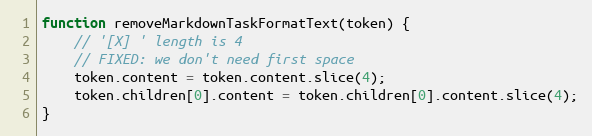
Language: JavaScript
function removeMarkdownTaskFormatText(token) {
    // '[X] ' length is 4
    // FIXED: we don't need first space
    token.content = token.content.slice(4);
    token.children[0].content = token.children[0].content.slice(4);
}